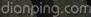
dianping.com